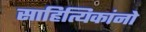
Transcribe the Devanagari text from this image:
साहित्यिकांनो